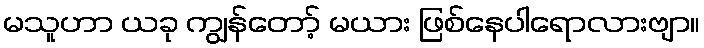
မသူဟာ ယခု ကျွန်တော့် မယား ဖြစ်နေပါရောလားဗျာ။